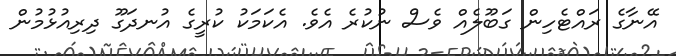
އޭނާގެ ރައްޓެހިން ގަބޫލެއް ވެސް ނުކުރެ އެވެ. އެކަމަކު ކުރީގެ އުނދަގޫ ދިރިއުޅުމުން